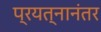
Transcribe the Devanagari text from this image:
प्रयत्नानंतर